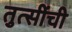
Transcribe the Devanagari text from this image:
तुत्‍सींची